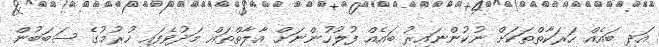
އަދި ބައެއް ހަރަކާތްތަކަށް ނުކުންނައިރު ބައެއް ފުލުހުންނަށް އާލާތްތައް މަދުވެފައި ހުރުމުގެ ސަބަބުން